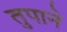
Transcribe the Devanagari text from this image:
तुपाने